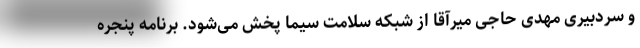
و سردبیری مهدی حاجی میرآقا از شبکه سلامت سیما پخش می‌شود. برنامه پنجره